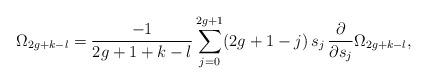
LaTeX: \begin{align*}\Omega_{2g+k-l}={-1\over 2g+1+k-l} \sum_{j=0}^{2g+1}(2g+1-j)\,s_j\,{\partial\over\partial s_j}\Omega_{2g+k-l},\end{align*}